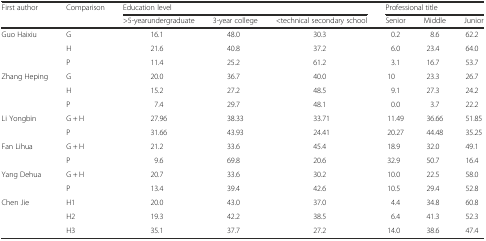
<table><thead><tr><td rowspan="2"><b>First author</b></td><td rowspan="2"><b>Comparison</b></td><td colspan="3"><b>Education level</b></td><td colspan="3"><b>Professional title</b></td></tr><tr><td><b>&gt;5-yearundergraduate</b></td><td><b>3-year college</b></td><td><b>&lt;technical secondary school</b></td><td><b>Senior</b></td><td><b>Middle</b></td><td><b>Junior</b></td></tr></thead><tbody><tr><td rowspan="3">Guo Haixiu</td><td>G</td><td>16.1</td><td>48.0</td><td>30.3</td><td>0.2</td><td>8.6</td><td>62.2</td></tr><tr><td>H</td><td>21.6</td><td>40.8</td><td>37.2</td><td>6.0</td><td>23.4</td><td>64.0</td></tr><tr><td>P</td><td>11.4</td><td>25.2</td><td>61.2</td><td>3.1</td><td>16.7</td><td>53.7</td></tr><tr><td rowspan="3">Zhang Heping</td><td>G</td><td>20.0</td><td>36.7</td><td>40.0</td><td>10</td><td>23.3</td><td>26.7</td></tr><tr><td>H</td><td>15.2</td><td>27.2</td><td>48.5</td><td>9.1</td><td>27.3</td><td>24.2</td></tr><tr><td>P</td><td>7.4</td><td>29.7</td><td>48.1</td><td>0.0</td><td>3.7</td><td>22.2</td></tr><tr><td rowspan="2">Li Yongbin</td><td>G + H</td><td>27.96</td><td>38.33</td><td>33.71</td><td>11.49</td><td>36.66</td><td>51.85</td></tr><tr><td>P</td><td>31.66</td><td>43.93</td><td>24.41</td><td>20.27</td><td>44.48</td><td>35.25</td></tr><tr><td rowspan="2">Fan Lihua</td><td>G + H</td><td>21.2</td><td>33.6</td><td>45.4</td><td>18.9</td><td>32.0</td><td>49.1</td></tr><tr><td>P</td><td>9.6</td><td>69.8</td><td>20.6</td><td>32.9</td><td>50.7</td><td>16.4</td></tr><tr><td rowspan="2">Yang Dehua</td><td>G + H</td><td>20.7</td><td>33.6</td><td>30.2</td><td>10.0</td><td>22.5</td><td>58.0</td></tr><tr><td>P</td><td>13.4</td><td>39.4</td><td>42.6</td><td>10.5</td><td>29.4</td><td>52.8</td></tr><tr><td rowspan="3">Chen Jie</td><td>H1</td><td>20.0</td><td>43.0</td><td>37.0</td><td>4.4</td><td>34.8</td><td>60.8</td></tr><tr><td>H2</td><td>19.3</td><td>42.2</td><td>38.5</td><td>6.4</td><td>41.3</td><td>52.3</td></tr><tr><td>H3</td><td>35.1</td><td>37.7</td><td>27.2</td><td>14.0</td><td>38.6</td><td>47.4</td></tr></tbody></table>